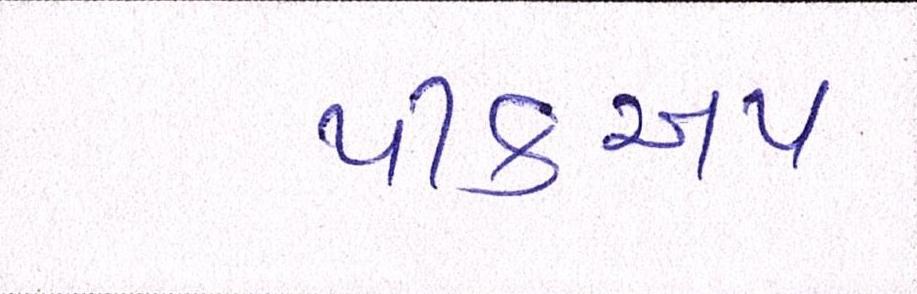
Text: પીકઅપ